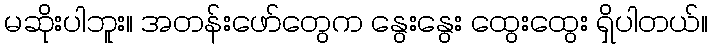
မဆိုးပါဘူး။ အတန်းဖော်တွေက နွေးနွေး ထွေးထွေး ရှိပါတယ်။